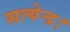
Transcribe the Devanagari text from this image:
सत्येन्द्र।